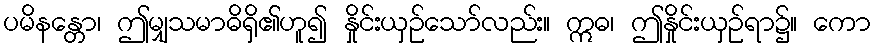
ပမိနန္တော၊ ဤမျှသမာဓိရှိ၏ဟူ၍ နှိုင်းယှဉ်သော်လည်း။ ဣဓ၊ ဤနှိုင်းယှဉ်ရာ၌။ ကော